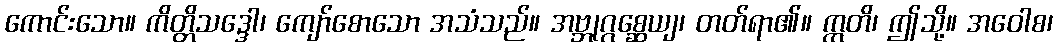
ကောင်းသော။ ကိတ္တိသဒ္ဒေါ၊ ကျော်စောသော အသံသည်။ အဗ္ဘုဂ္ဂစ္ဆေယျ၊ တတ်ရာ၏။ ဣတိ၊ ဤသို့။ အဝေါစ၊